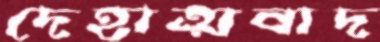
দেহাত্মবাদ